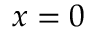
x = 0